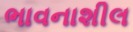
ભાવનાશીલ